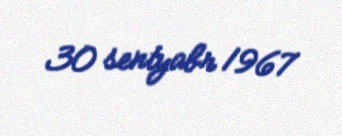
30 sentyabr 1967